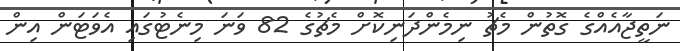
ނަތީޖާއެއްގެ ގޮތުން މެޗު ނިމެންދަނިކޮށް މެޗުގެ 82 ވަނަ މިނެޓުގައި އެވަޓަން އިން